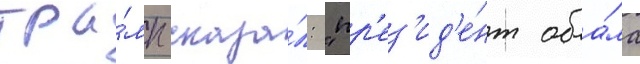
тра́мп сказа́л: "пр'ез'ид'е́нт оба́ма